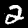
Label: 2